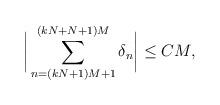
LaTeX: \begin{align*}\bigg|\sum_{n= (kN+1)M+1}^{(kN+N+1)M} \delta_n \bigg| \le CM,\end{align*}